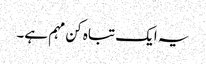
یہ ایک تباہ کن مہم ہے۔